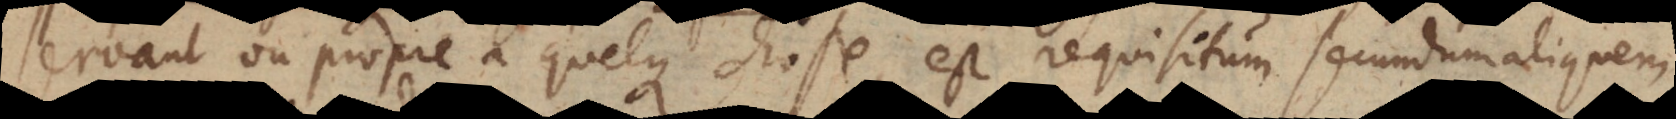
ervant ou propre à quelque chose, est requisitum secundum aliquem